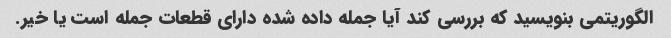
الگوریتمی بنویسید که بررسی کند آیا جمله داده شده دارای قطعات جمله است یا خیر.